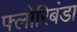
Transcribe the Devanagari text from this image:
फ्लोरिबंडा